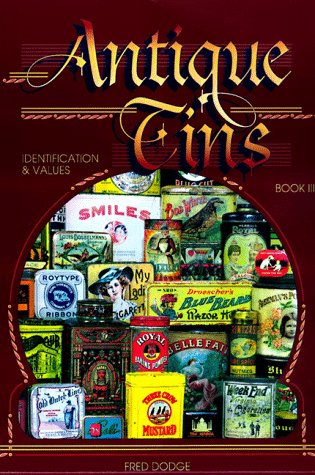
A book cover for Antique Tins: Identification & Values, Book 3; Fred Dodge; Crafts, Hobbies & Home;